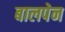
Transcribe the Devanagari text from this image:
बालपेन